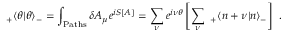
_ + \langle \theta | \theta \rangle _ { - } = \int _ { \mathrm { P a t h s } } \delta A _ { \mu } e ^ { i S [ A ] } = \sum _ { \nu } e ^ { i \nu \theta } \left[ \sum _ { \nu } ~ _ { + } \langle n + \nu | n \rangle _ { - } \right] ~ .